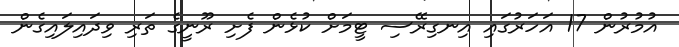
އުމުރުން 17 އަހަރުގައި އިނގިރޭސި ޓީމަށް ކުޅެން ފެށި ރޫނީގެ ތަރި ވިދައިލައިގެން